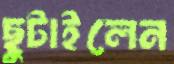
ছুটাইলেন